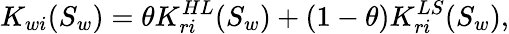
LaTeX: K_{wi}(S_{w})=\theta K_{ri}^{HL}(S_{w})+(1-\theta)K_{ri}^{LS}(S_{w}),